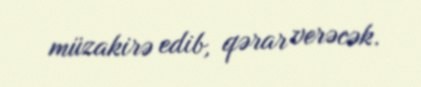
müzakirə edib, qərar verəcək.